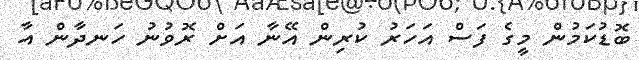
ބޮޑުކަމުން މީގެ ފަސް އަހަރު ކުރިން އޭނާ އަށް ރޮވުނު ހަނދާން އާ